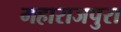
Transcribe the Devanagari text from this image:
महाराजपुरा